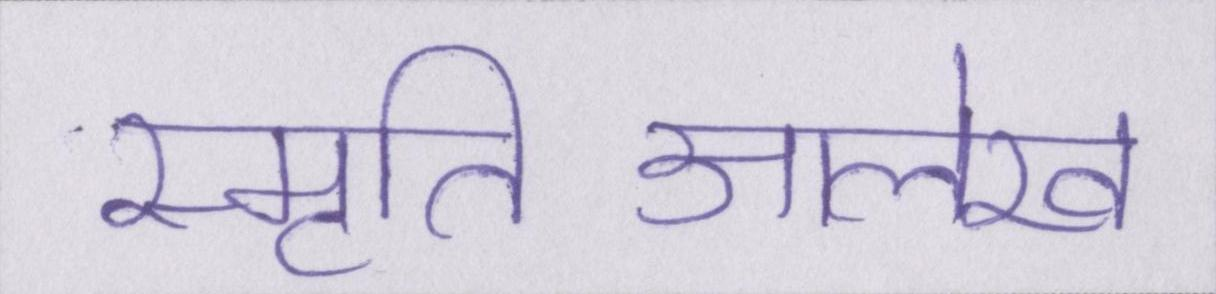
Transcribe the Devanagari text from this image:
स्मृतिआलेख